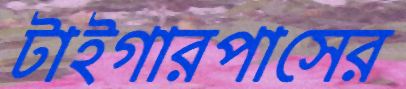
টাইগারপাসের